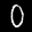
Label: 0